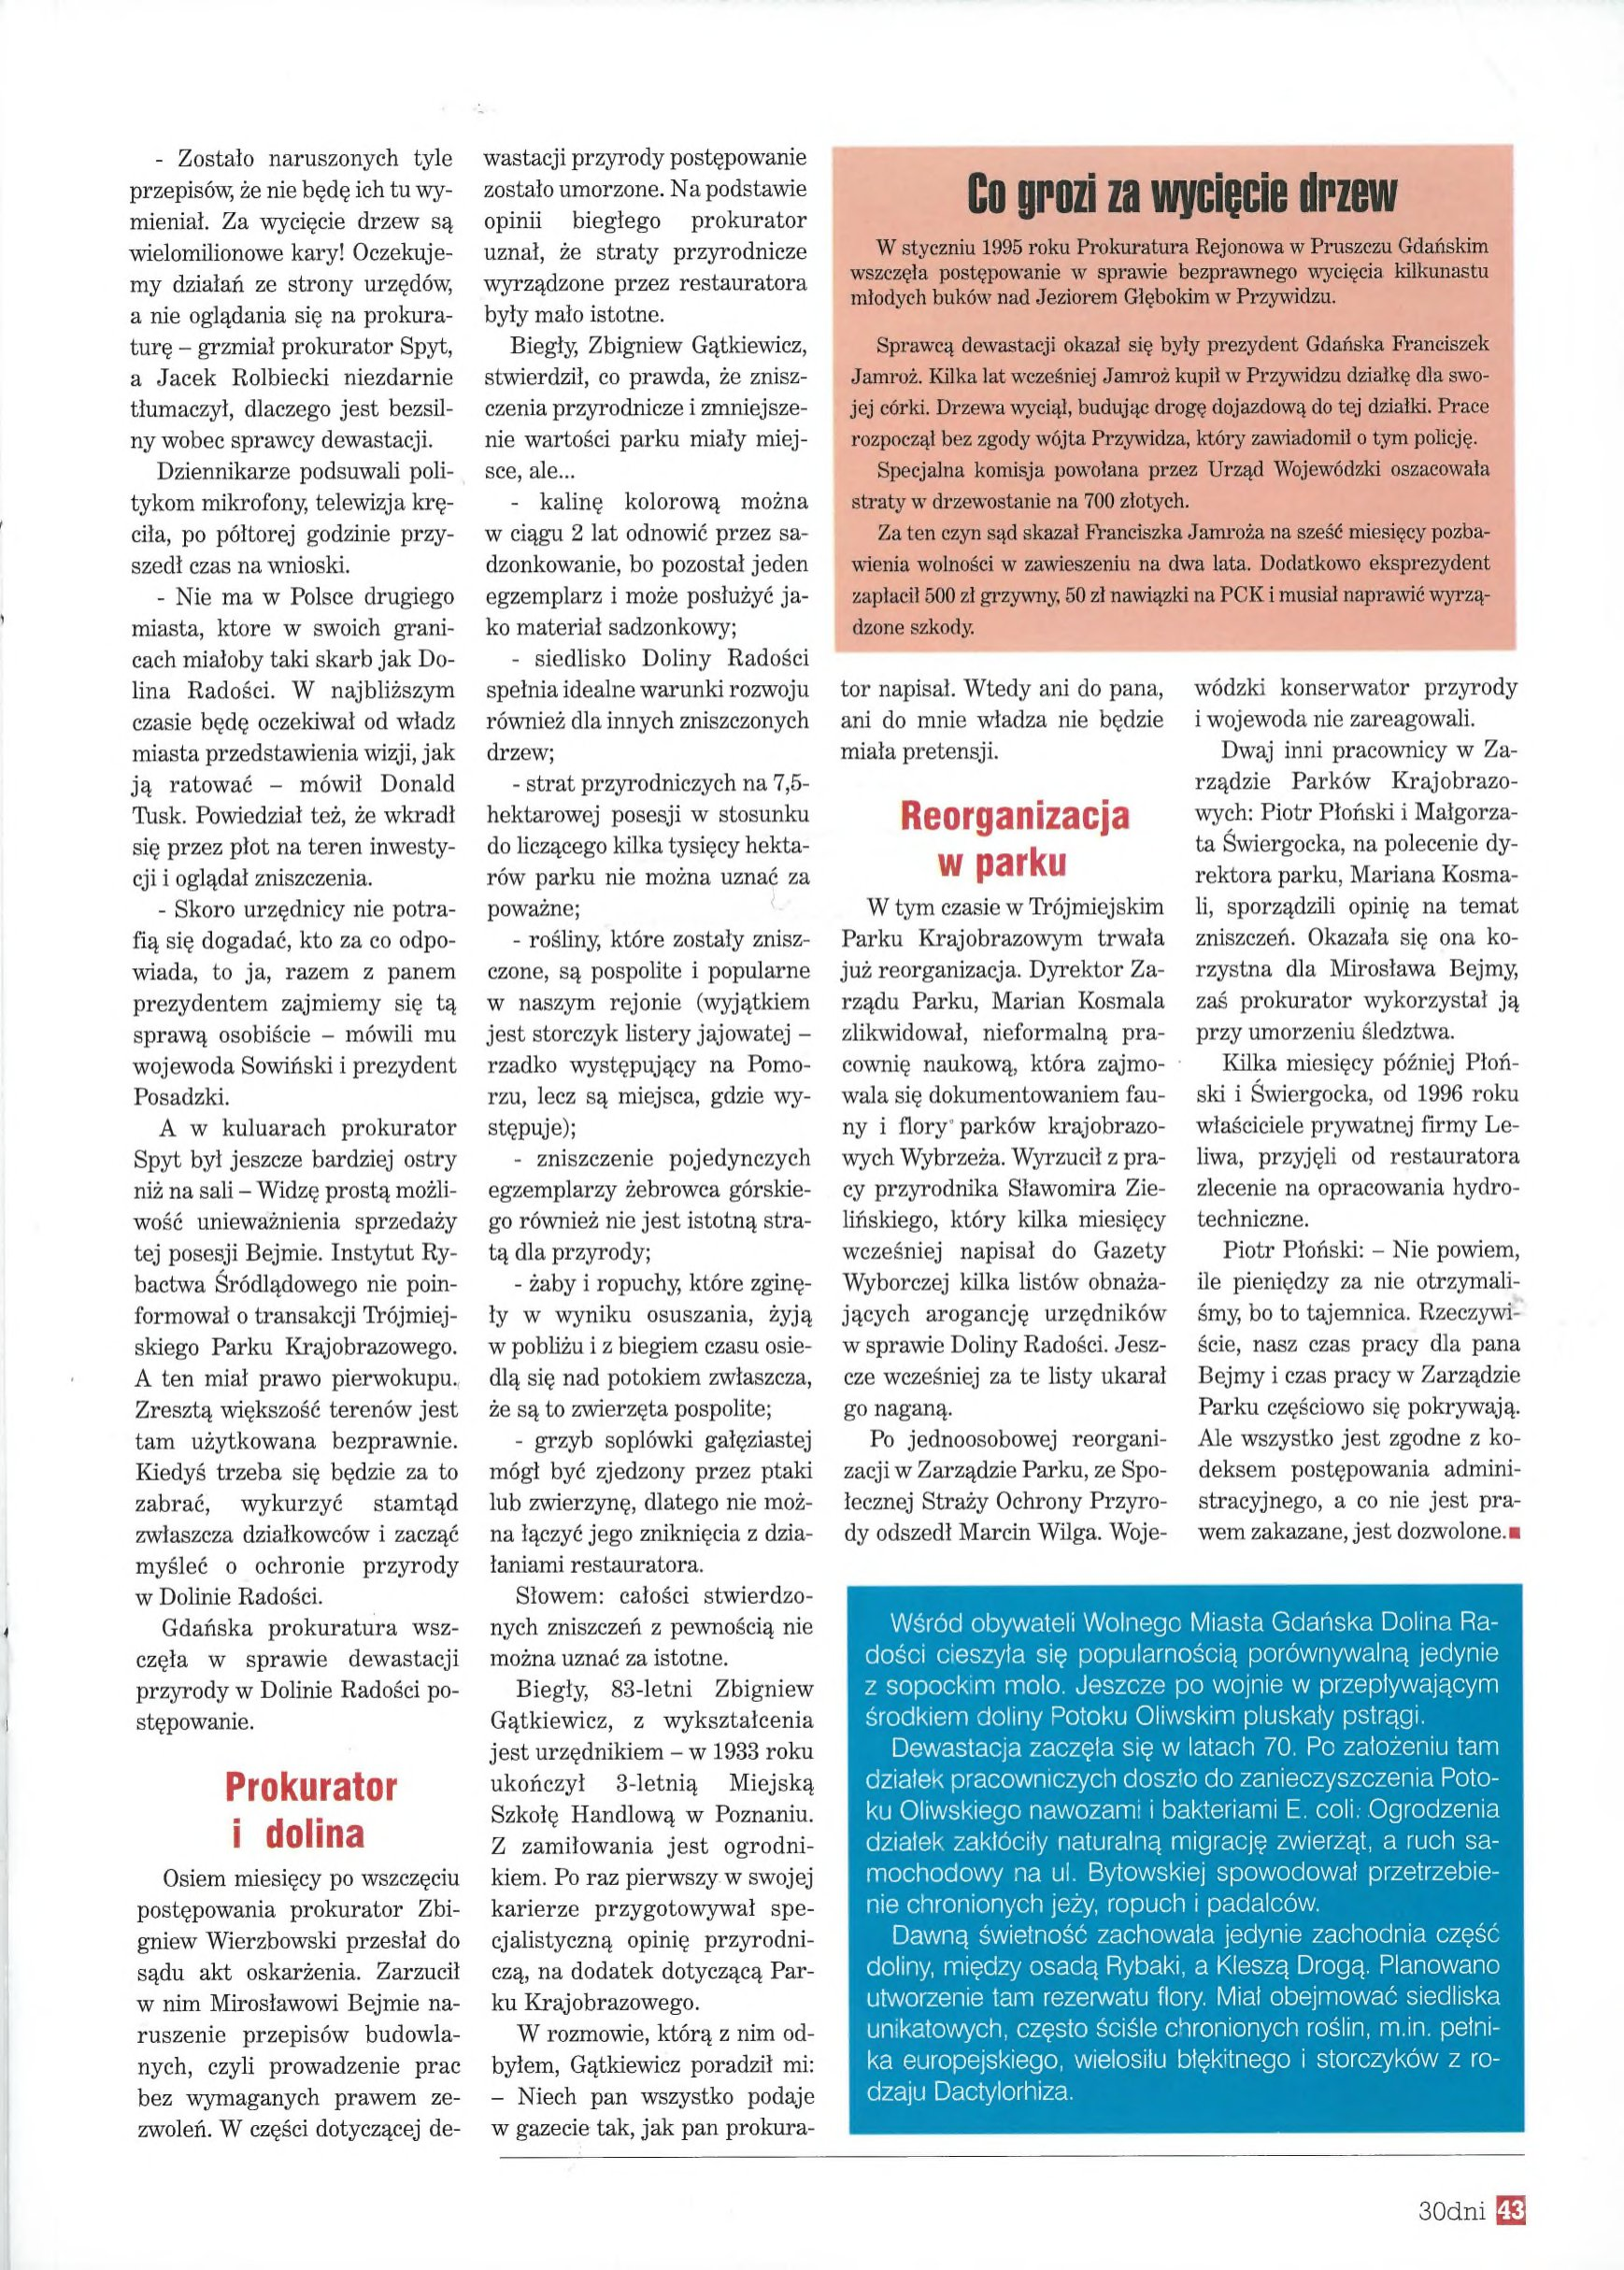
Language: pl